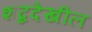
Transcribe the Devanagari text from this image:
शब्ददेखील